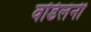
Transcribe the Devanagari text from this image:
वडिलंनी